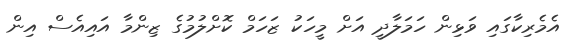
އެމެރިކާގައި ވަޅިން ހަމަލާދީ އަށް މީހަކު ޒަހަމް ކޮށްލުމުގެ ޒިންމާ އައިއެސް އިން